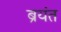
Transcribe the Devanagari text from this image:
ब्रयंत